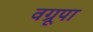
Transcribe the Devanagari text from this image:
वग्रूपा